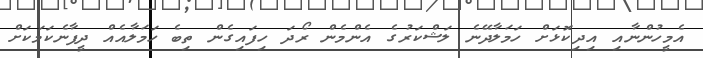
އެމީހުންނާއި އިދިކޮޅަށް ހަމަލާދޭނެ ލަޝްކަރުގެ އެންމެން ރޯދަ ހިފައިގެން ތިބެ ހަމަލާއެއް ދީފާނެކަމަކަށް